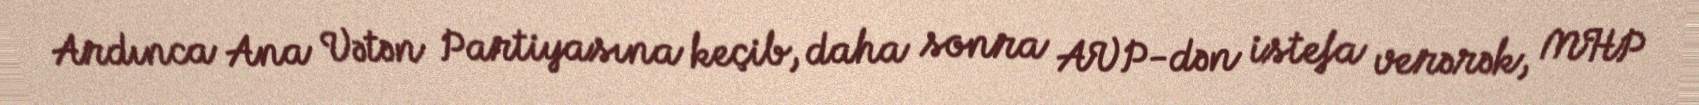
Ardınca Ana Vətən Partiyasına keçib, daha sonra AVP-dən istefa verərək, MHP